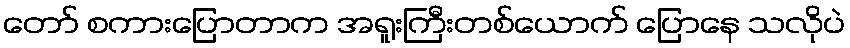
တော် စကားပြောတာက အရူးကြီးတစ်ယောက် ပြောနေ သလိုပဲ